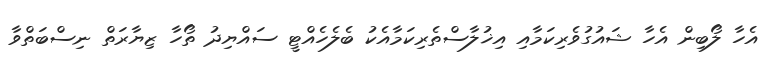
އެހާ ލޯބިން އެހާ ޝައުގުވެރިކަމާއި އިޚުލާސްތެރިކަމާއެކު ބެލެހެއްޓީ ސައްޔިދު ތޯހާ ޒިޔާރަތް ނިސްބަތްވާ